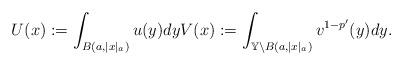
LaTeX: \begin{align*}U(x):= { \int_{{B(a,|x|_a )}} u(y) dy} V(x):= \int_{\mathbb Y\backslash B(a,|x|_a )}v^{1-p'}(y)dy. \end{align*}